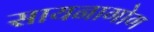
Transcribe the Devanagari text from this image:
सायनागोग